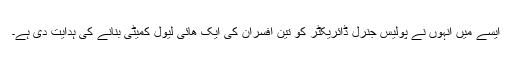
ایسے میں انہوں نے پولیس جنرل ڈائریکٹر کو تین افسران کی ایک هائی لیول کمیٹی بنانے کی ہدایت دی ہے۔